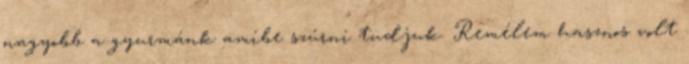
nagyobb a gyurmánk amibe szúrni tudjuk. Remélem hasznos volt